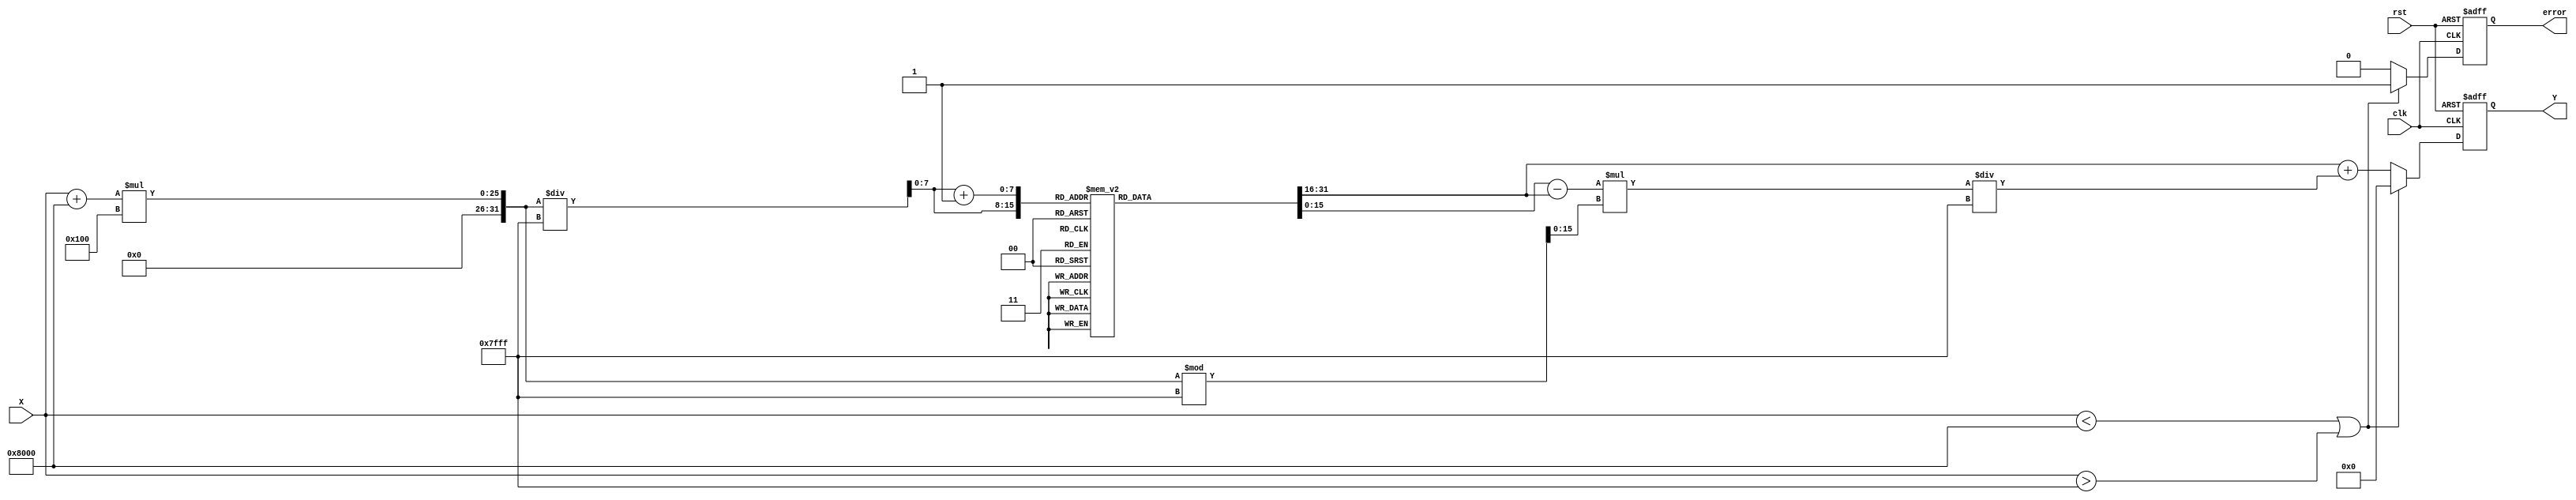
module asin_block (
    input wire clk,
    input wire rst,
    input wire [15:0] X, // Input signal (fixed-point representation of [-1, 1])
    output reg [15:0] Y,  // Output signal (fixed-point representation of radians)
    output reg error      // Error signal for invalid inputs
);
    // Parameters
    parameter LUT_SIZE = 256; // Number of entries in the LUT
    parameter FIXED_POINT_WIDTH = 16; // Width of the fixed-point representation
    parameter LUT_SCALE = 16'h7FFF; // Scale factor for LUT indexing (2^15 - 1)
    
    // LUT to store precomputed asin values (in fixed-point format)
    reg [15:0] asin_lut [0:LUT_SIZE-1];

    // Initialize the LUT with precomputed values (this should be done in a separate initialization block)
    initial begin
        // Precompute and fill the LUT with asin values for the range of [-1, 1]
        // This is a placeholder; actual values should be computed and filled here.
        // Example: asin_lut[0] = 16'h8000; // asin(-1) = -/2
        // Example: asin_lut[128] = 16'h0000; // asin(0) = 0
        // Example: asin_lut[255] = 16'h7FFF; // asin(1) = /2
        // Values should be scaled appropriately for fixed-point representation.
    end

    // Internal signals
    reg [7:0] index;      // LUT index
    reg [7:0] index_next; // Next LUT index for interpolation
    reg [15:0] lut_value1; // LUT value at index
    reg [15:0] lut_value2; // LUT value at index + 1
    reg [15:0] fraction;   // Fractional part for interpolation

    // Always block to compute the output
    always @(posedge clk or posedge rst) begin
        if (rst) begin
            Y <= 16'b0;
            error <= 1'b0;
        end else begin
            // Input validation
            if (X < 16'h8000 || X > 16'h7FFF) begin // Check if X is in the range [-1, 1]
                error <= 1'b1; // Set error signal
                Y <= 16'b0; // Return predefined output or NaN
            end else begin
                error <= 1'b0; // Clear error signal

                // Compute LUT index
                index = (X + 16'h8000) * LUT_SIZE / LUT_SCALE; // Scale X to [0, LUT_SIZE)
                index_next = index + 1;

                // Get LUT values
                lut_value1 = asin_lut[index];
                lut_value2 = asin_lut[index_next];

                // Fractional part for interpolation
                fraction = (X + 16'h8000) * LUT_SIZE % LUT_SCALE; // Get fractional part

                // Linear interpolation
                Y <= lut_value1 + ((lut_value2 - lut_value1) * fraction / LUT_SCALE);
            end
        end
    end

endmodule